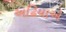
અઢિયાએ